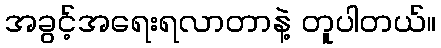
အခွင့်အရေးရလာတာနဲ့ တူပါတယ်။